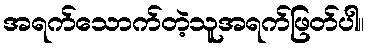
အရက်သောက်တဲ့သူအရက်ဖြတ်ပါ။